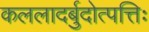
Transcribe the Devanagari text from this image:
कललादर्बुदोत्पत्तिः